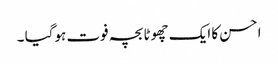
احسن کا ایک چھوٹا بچہ فوت ہوگیا ۔